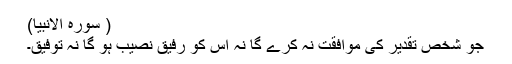
( سورہ الانبیا)
جو شخص تقدیر کی موافقت نہ کرے گا نہ اس کو رفیق نصیب ہو گا نہ توفیق۔